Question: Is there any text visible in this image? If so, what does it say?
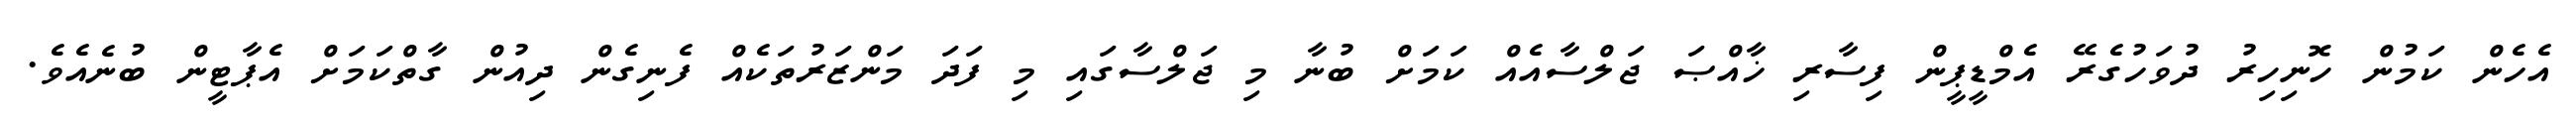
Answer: އެހެން ކަމުން ހޮނިހިރު ދުވަހުގެރޭ އެމްޑީޕީން ފިސާރި ޚާއްޞަ ޖަލްސާއެއް ކަމަށް ބުނާ މި ޖަލްސާގައި މި ފަދަ މަންޒަރުތަކެއް ފެނިގެން ދިއުން ގާތްކަމަށް އެޕާޓީން ބުނެއެވެ.